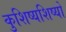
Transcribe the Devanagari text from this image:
कुशिष्यशिष्यो